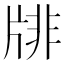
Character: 𤗋